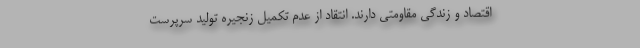
اقتصاد و زندگی مقاومتی دارند. انتقاد از عدم تکمیل زنجیره تولید سرپرست